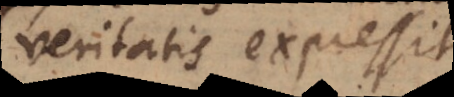
veritatis expressit